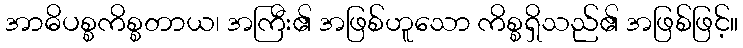
အာဓိပစ္စကိစ္စတာယ၊ အကြီး၏ အဖြစ်ဟူသော ကိစ္စရှိသည်၏ အဖြစ်ဖြင့်။